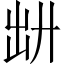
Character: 𪞷